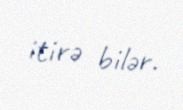
itirə bilər.